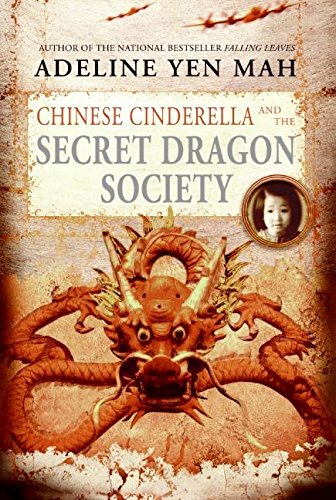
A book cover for Chinese Cinderella and the Secret Dragon Society; Adeline Yen Mah; Children's Books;